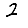
Digit: 2